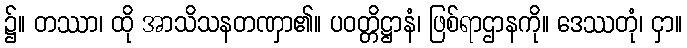
၌။ တဿာ၊ ထို အာသိသနတဏှာ၏။ ပဝတ္တိဋ္ဌာနံ၊ ဖြစ်ရာဌာနကို။ ဒေဿတုံ၊ ငှာ။